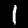
Digit: 1